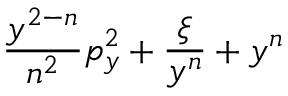
\! \! \frac { y ^ { 2 - n } } { n ^ { 2 } } p _ { y } ^ { 2 } + \frac { \xi } { y ^ { n } } + y ^ { n } \! \!